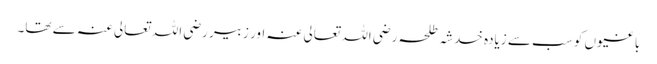
باغیوں کو سب سے زیادہ خدشہ طلحہ رضی اللہ تعالی عنہ اور زبیر رضی اللہ تعالی عنہ سے تھا۔